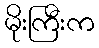
မိုးကြီးက